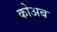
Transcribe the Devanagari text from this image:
कोअब